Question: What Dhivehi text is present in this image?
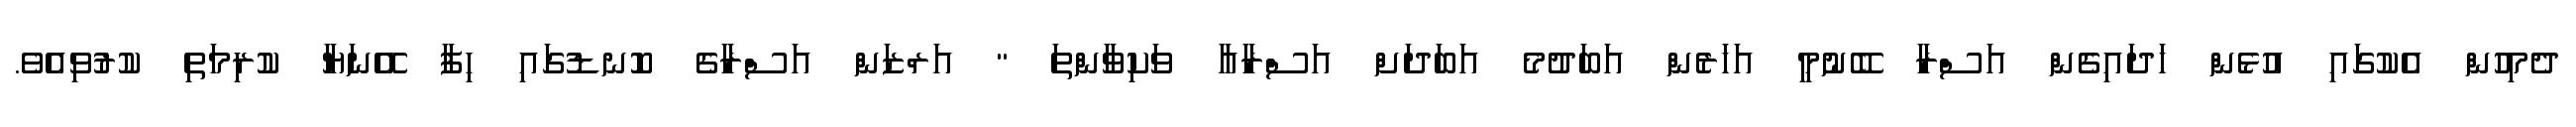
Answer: ދެމިހުން އެކުގައި އުޅެން ހަދައިގެން އަސްރާ ބޭނުމީ އަހަރެން އަބަދުމެ އަބަދަށް އަސްރާއާ ވަކިވާންތަ " އަރްޒަން އަސްރާގެ ކޮނޑުގައި ހިފާ އޭނަޔާ ކުރިމަތި ކުރުވިއެވެ.